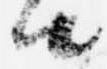
由